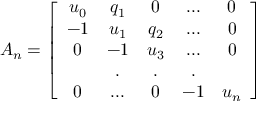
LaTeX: A _ { n } = \left[ \begin{array} { c c c c c } { { u _ { 0 } } } & { { q _ { 1 } } } & { { 0 } } & { { . . . } } & { { 0 } } \\ { { - 1 } } & { { u _ { 1 } } } & { { q _ { 2 } } } & { { . . . } } & { { 0 } } \\ { { 0 } } & { { - 1 } } & { { u _ { 3 } } } & { { . . . } } & { { 0 } } \\ { { } } & { { . } } & { { . } } & { { . } } & { { } } \\ { { 0 } } & { { . . . } } & { { 0 } } & { { - 1 } } & { { u _ { n } } } \end{array} \right]